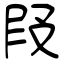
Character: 叚